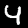
Digit: 4